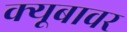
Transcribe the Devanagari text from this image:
क्यूबावर